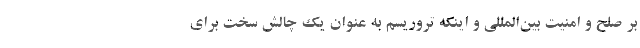
بر صلح و امنیت بین‌المللی و اینکه تروریسم به عنوان یک چالش سخت برای